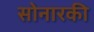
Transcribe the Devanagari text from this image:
सोनारकी